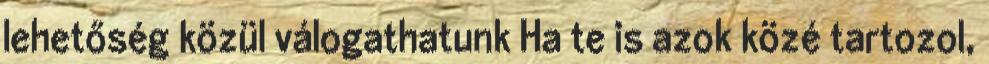
lehetőség közül válogathatunk Ha te is azok közé tartozol,